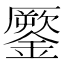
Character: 𨬐